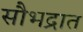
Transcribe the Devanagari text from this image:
सौभद्रात